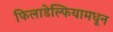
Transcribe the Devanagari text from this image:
फिलाडेल्फियामधून